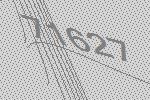
71627